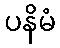
ပနိမံ